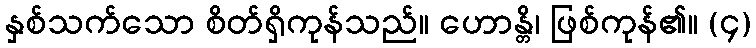
နှစ်သက်သော စိတ်ရှိကုန်သည်။ ဟောန္တိ၊ ဖြစ်ကုန်၏။ (၄)